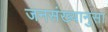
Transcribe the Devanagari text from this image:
जनसंख्यानुसा